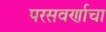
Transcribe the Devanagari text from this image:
परसवर्णाचा